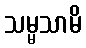
သမ္မသာမိ